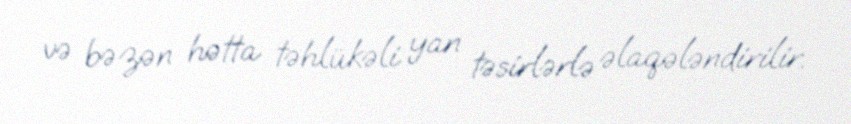
və bəzən hətta təhlükəli yan təsirlərlə əlaqələndirilir.